65_HS1-834228961_62-HQ-83894_Section_9
Agency: FBI
Page 167
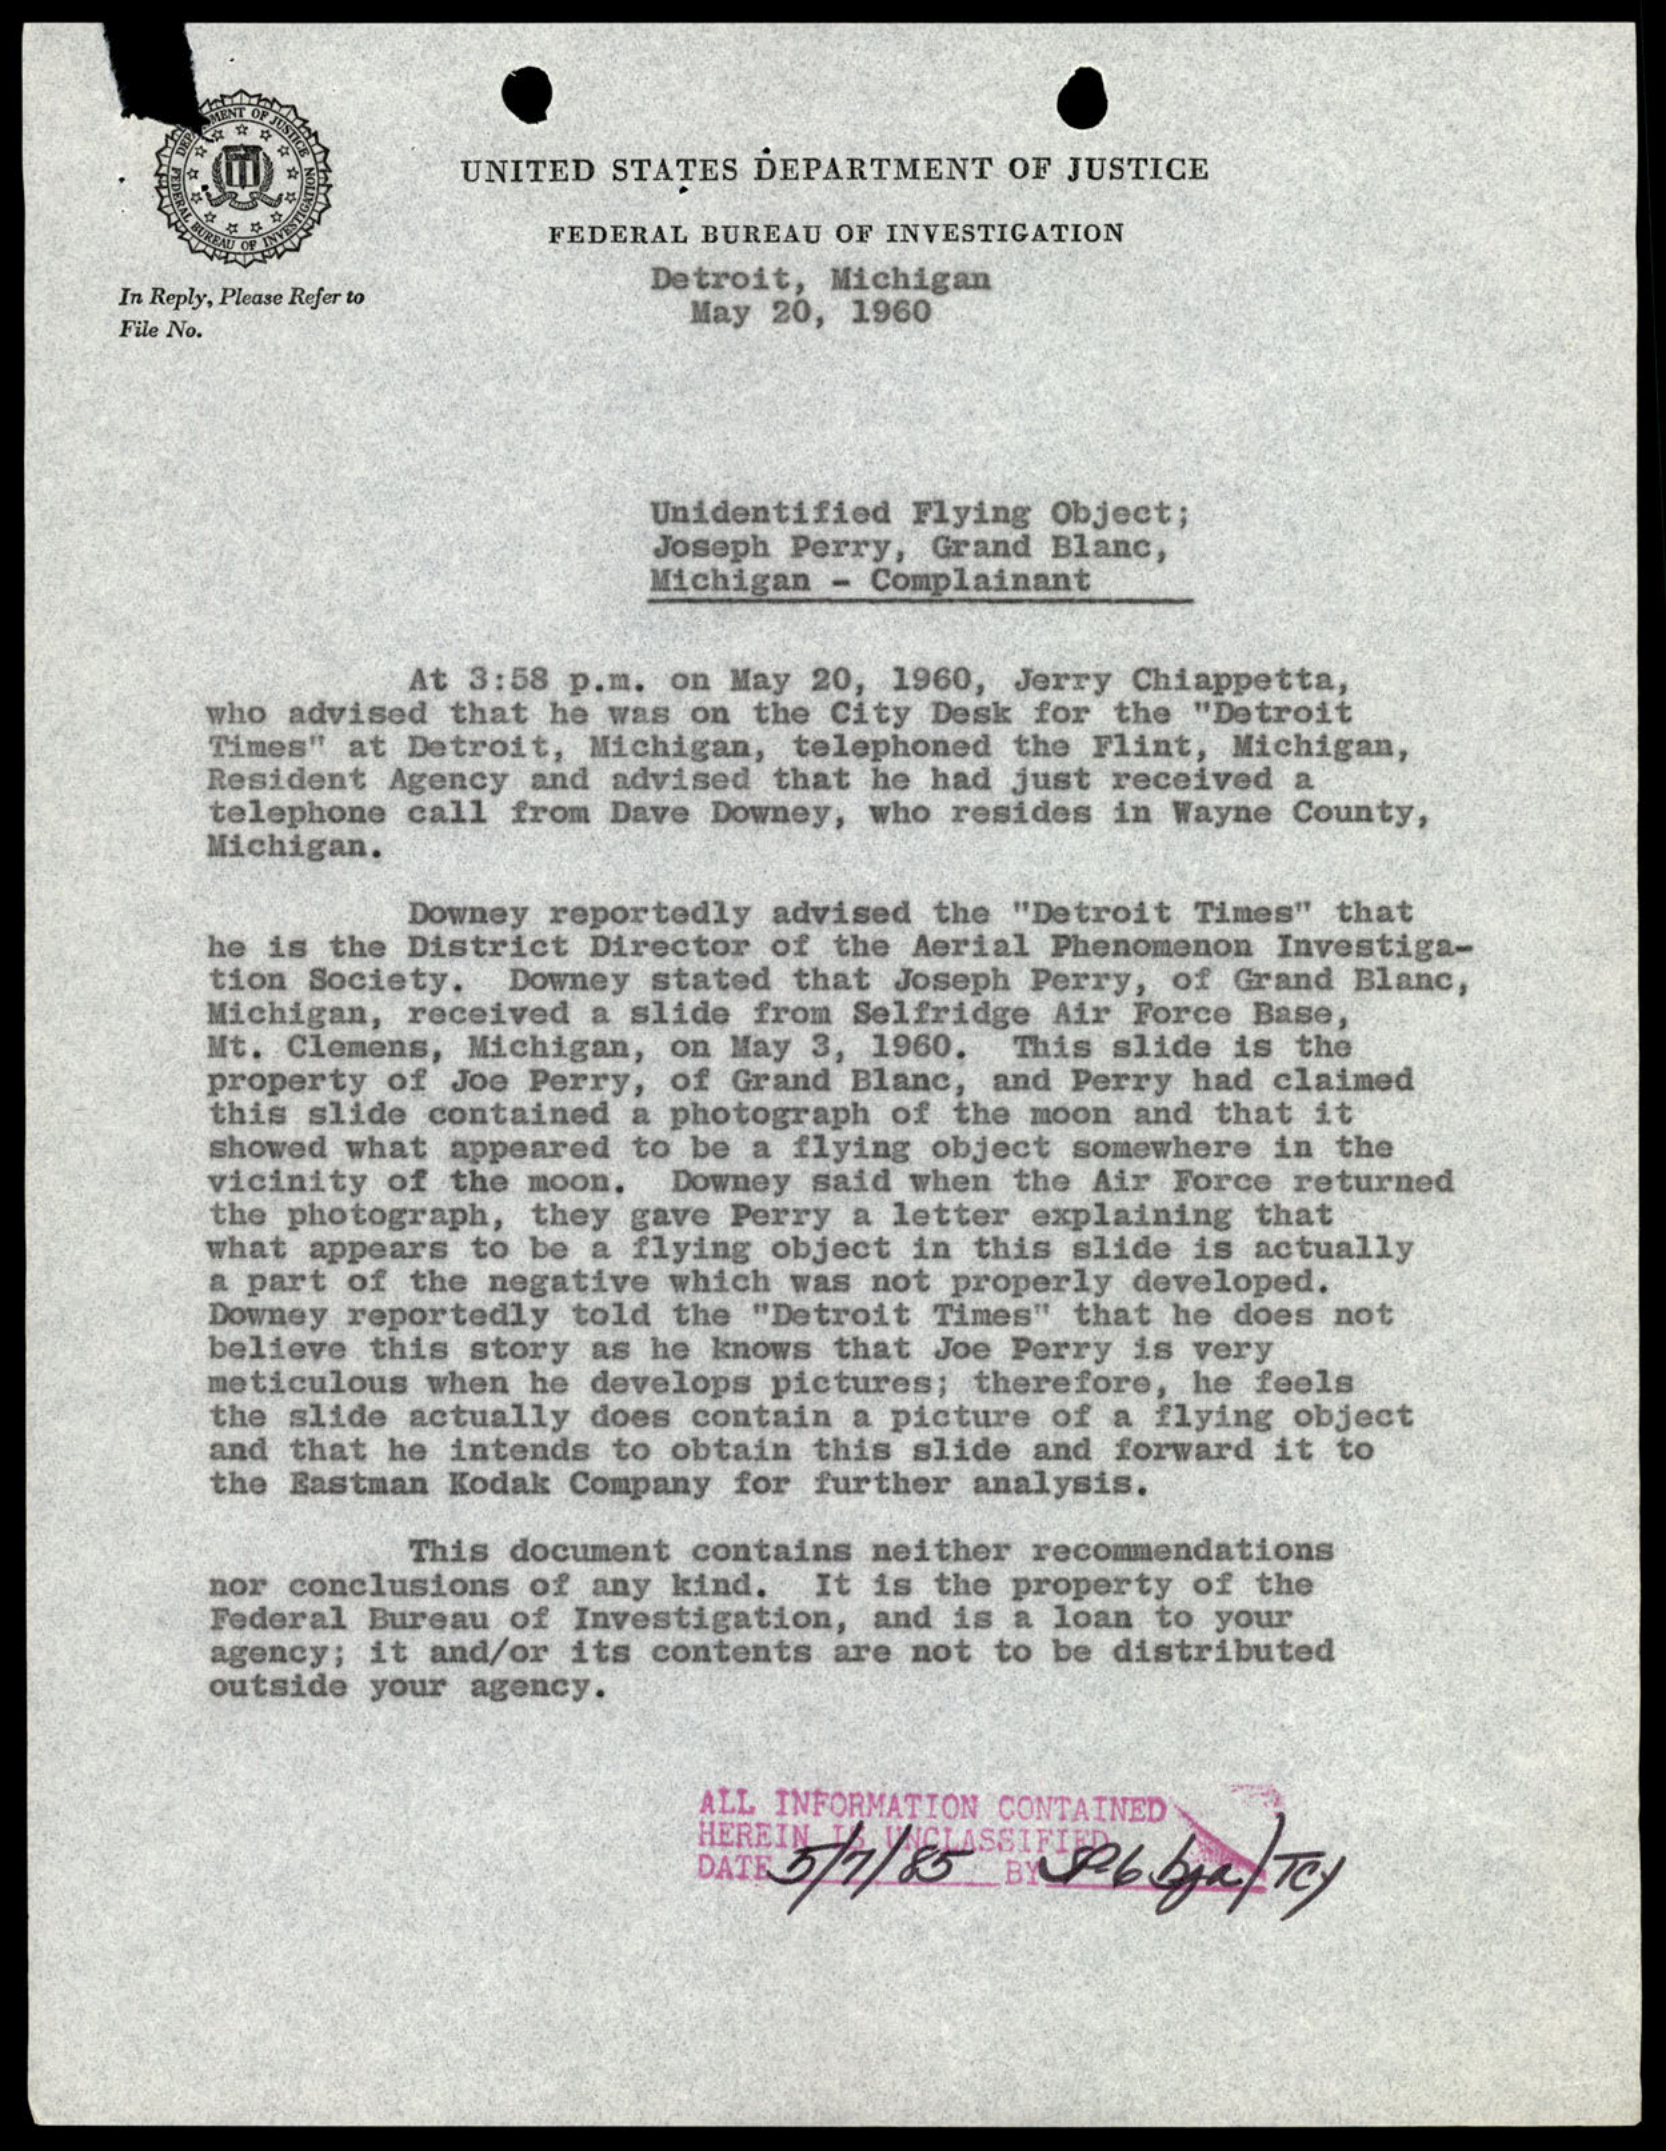